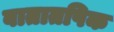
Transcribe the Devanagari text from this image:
वातातपिक